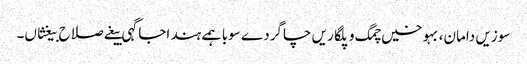
سوزیں دامان، بہوخیں چمگ و پلگاریں چاگردے سوبا ہمے ہند اجاگہی بیغے صلاح بیغثاں۔